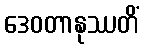
ဒေဝတာနုဿတိံ